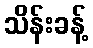
သိန်းခန့်